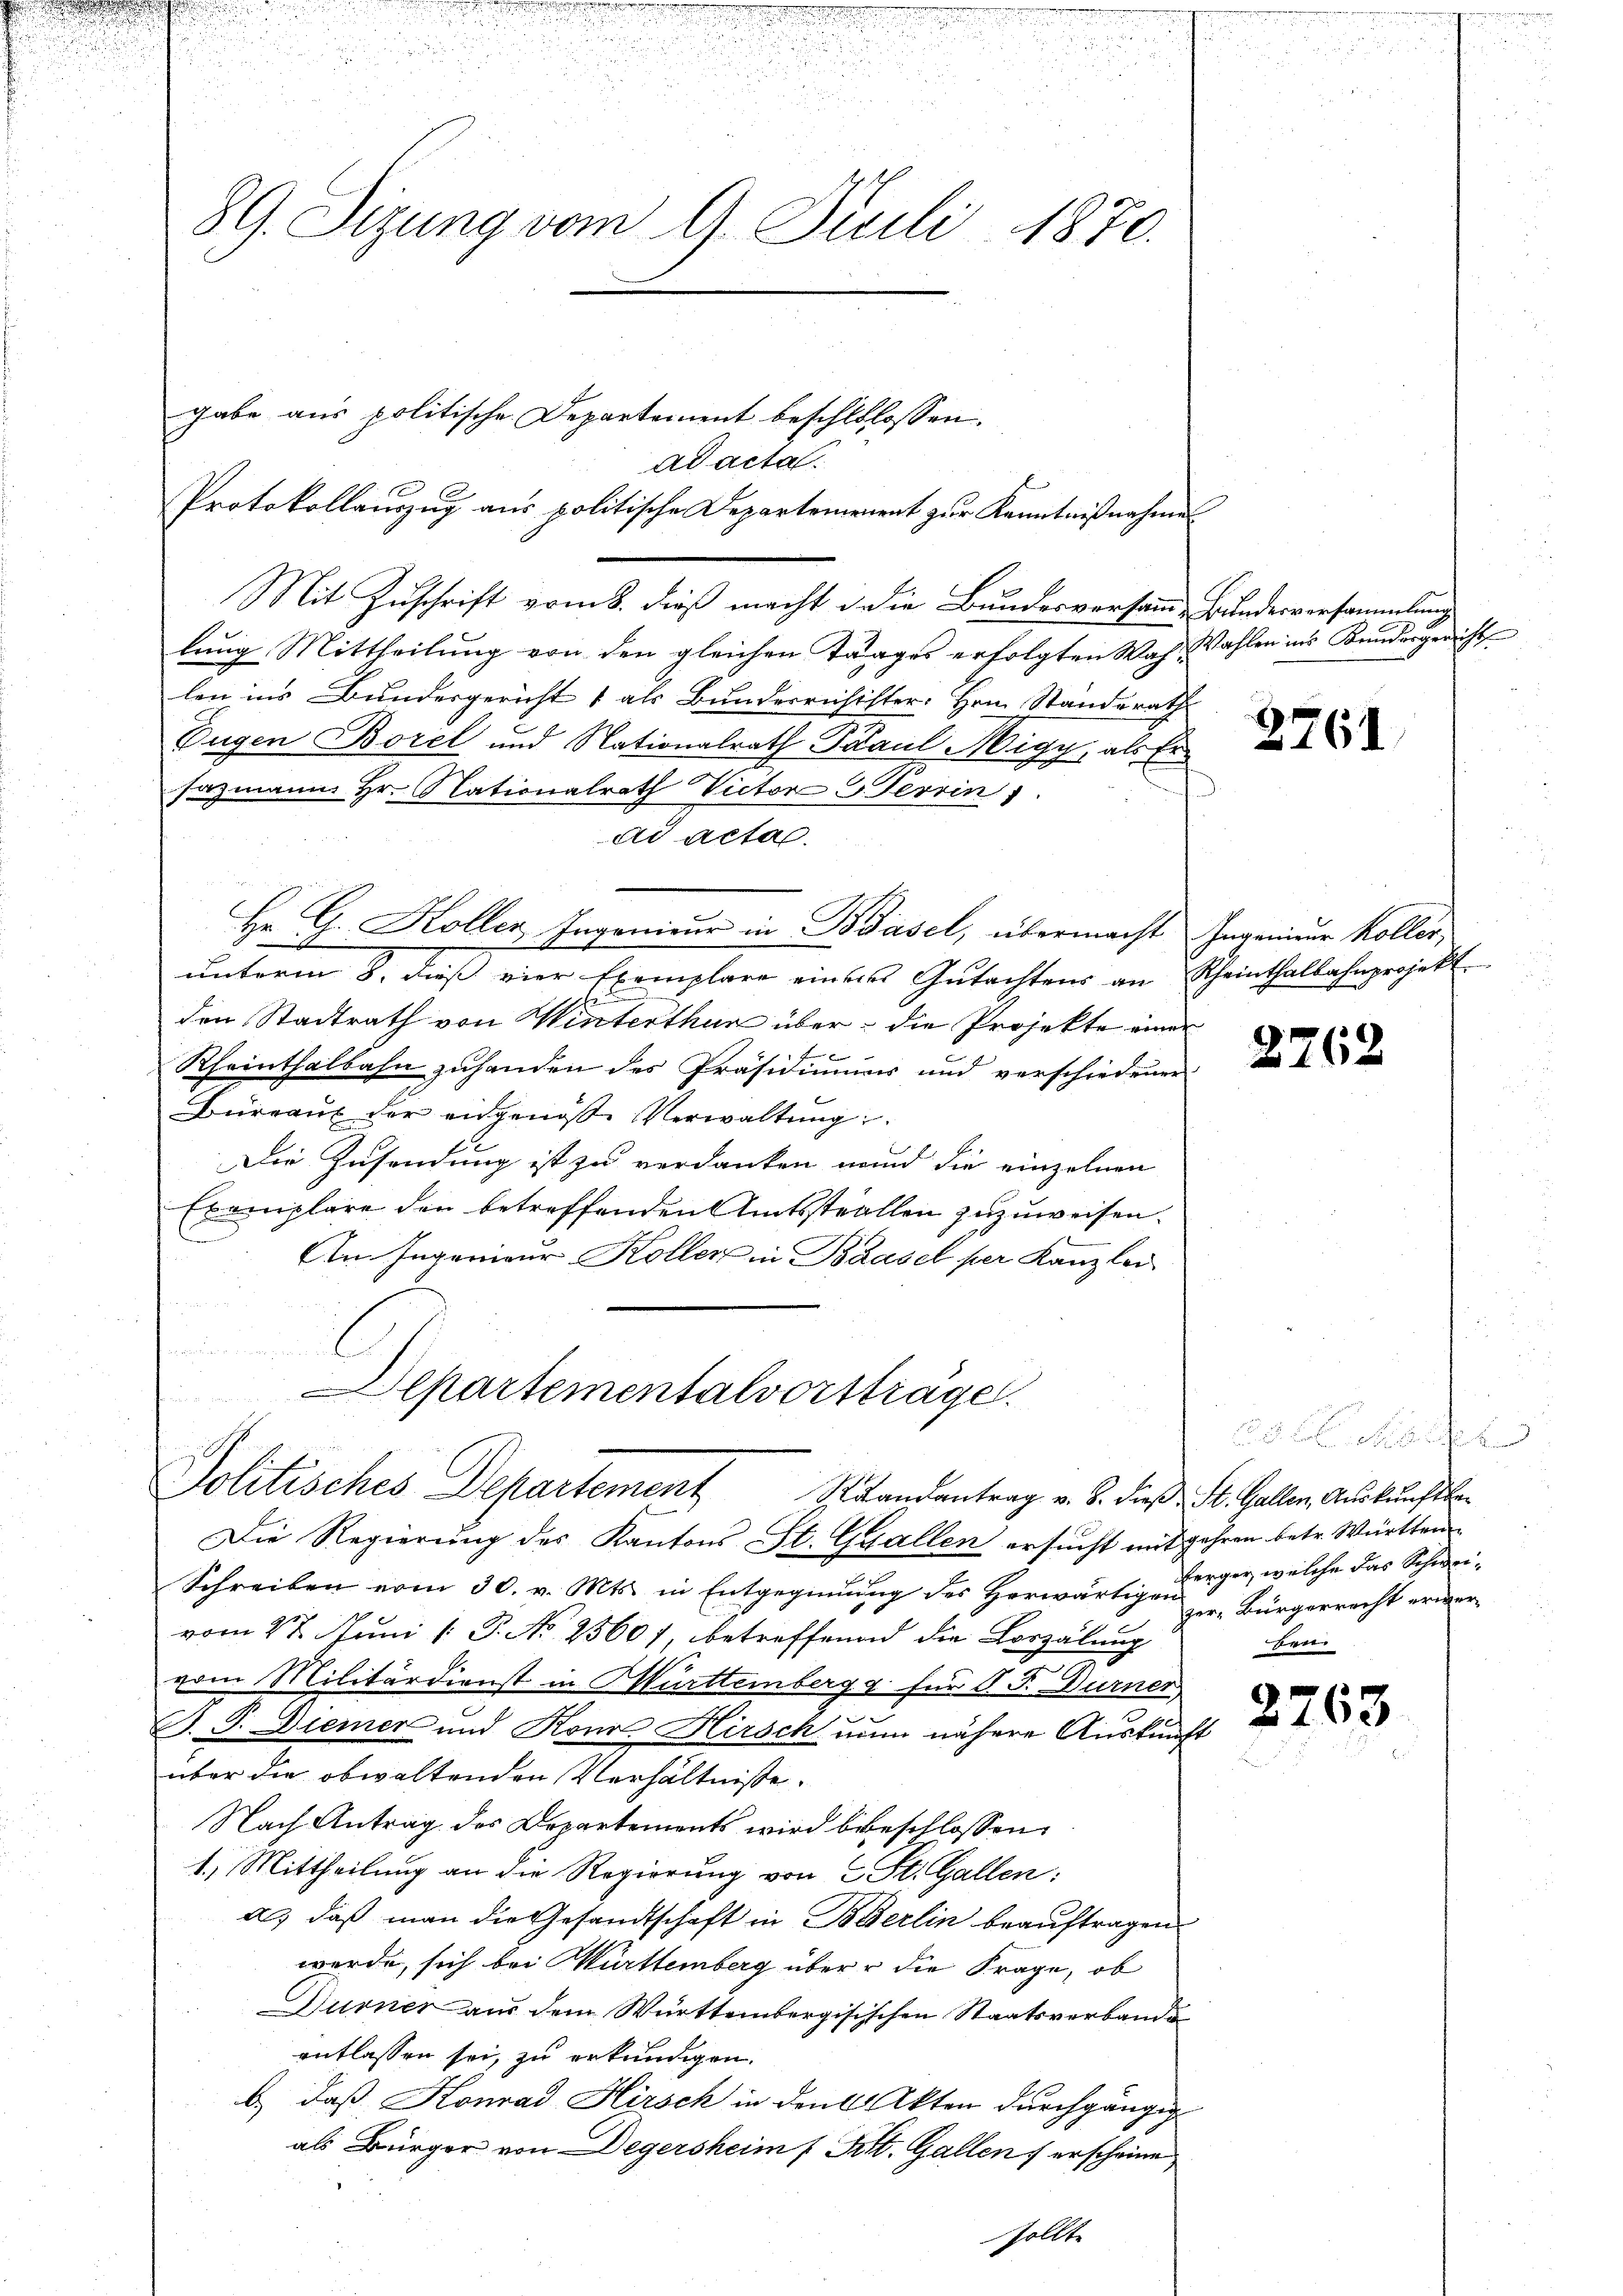
u

u
d
.
89. Sizung vom 9. Juli 1870.

gabe aus politische Departement beschlolossen.

ad acta.
Protokollauzug aus politische Departement zur Kenntnißnahmen
Mit Zuschrift vom 8. dieß macht die Bundesversamme Bundesversammlung
lung Mittheilung von den gleichen Trages erfolgten Wahl Wahlen ins Kundesgerichts-
len ins Bundesgericht 1 als Bunderrichister. Hrn. Standerath
Eugen Borel und Nationalrath Paul Migy, als Ersazmann Hr. Nationalrath Victor G. Terrin
ad acta.
Hr. G. Koller Ingenieur in Basel, übermacht Ingenieur Koller,
unterm 8. dieß vier Exemplare einem Gŭtachtens an Rheinthalbahnprojekt.
d
den Stadtrath von Winterthur über die Projekte einer
Rheinthalbahn zuhanden des Präsidiums und verschiedener
Büreaux der angenoße Verwaltung
Die Zusendung ist zu verdanken und die einzelnen
Exemplare den betreffenden Amtsstrallen zuzuweisen.
Am Ingenieur Koller in Baasel per Kanzlei
C

Elpartementalvorsträge.
Politisches Departement Randantrag v. 5. dieß St. Galler, Auskunft

Die Regierung des Kantons St. Gallen ersucht mitgehren betr. Württem
Schreiben vom 30. v. Mts. in Entgegnung des Herwärtigen Hr. Bürgerrecht erwervom 27. Juni [ P. No 25601, betreffend die Loszälung
vom Militärdienst in Murttembergg für d. J. Durner
B. P. Diemer und Kona Hirsch nun nähere Auskunft
über die obwaltenden Verhältnisse.
Nach Antrag des Departements wird beschlossen,
1.) Mittheilung an die Regierung von St. Gallen:
a.) daß man die Gesandtschaft in Bierlin beauftragen
werde, sich bei Württemberg über die Frage, ob
Durner aus dem Württembergisischen Staatsverbanden
entlassen sei, zu erkundigen.
b) daß Konrad Hirsch in den 2 Akten durchgängig
als Bürger von Degersheim ( Tit. Gallen erscheine
sollte

2761.

2762

ferger, welche das Schweiben

2763